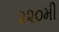
૨૨૦મી